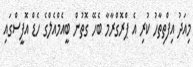
މިއަދު އިފްތިތާހު ކުރި އެ ޕްރޮގްރާމާ ބެހޭ ގޮތުން ބީއެމްއެލްގެ ހެޑް އޮފީސްގައި